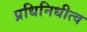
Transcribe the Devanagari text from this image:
प्रधिनिधीत्व